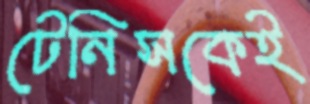
টেনিসকেই